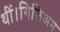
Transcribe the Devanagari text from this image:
थीं।गिलिअम